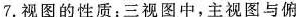
7.视图的性质：三视图中，主视图与俯